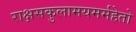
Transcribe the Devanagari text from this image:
राक्षसकुलामयमर्महेतो